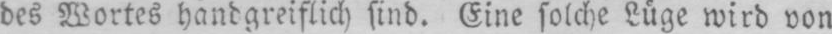
des Wortes handgreiflich sind. Eine solche Lüge wird von